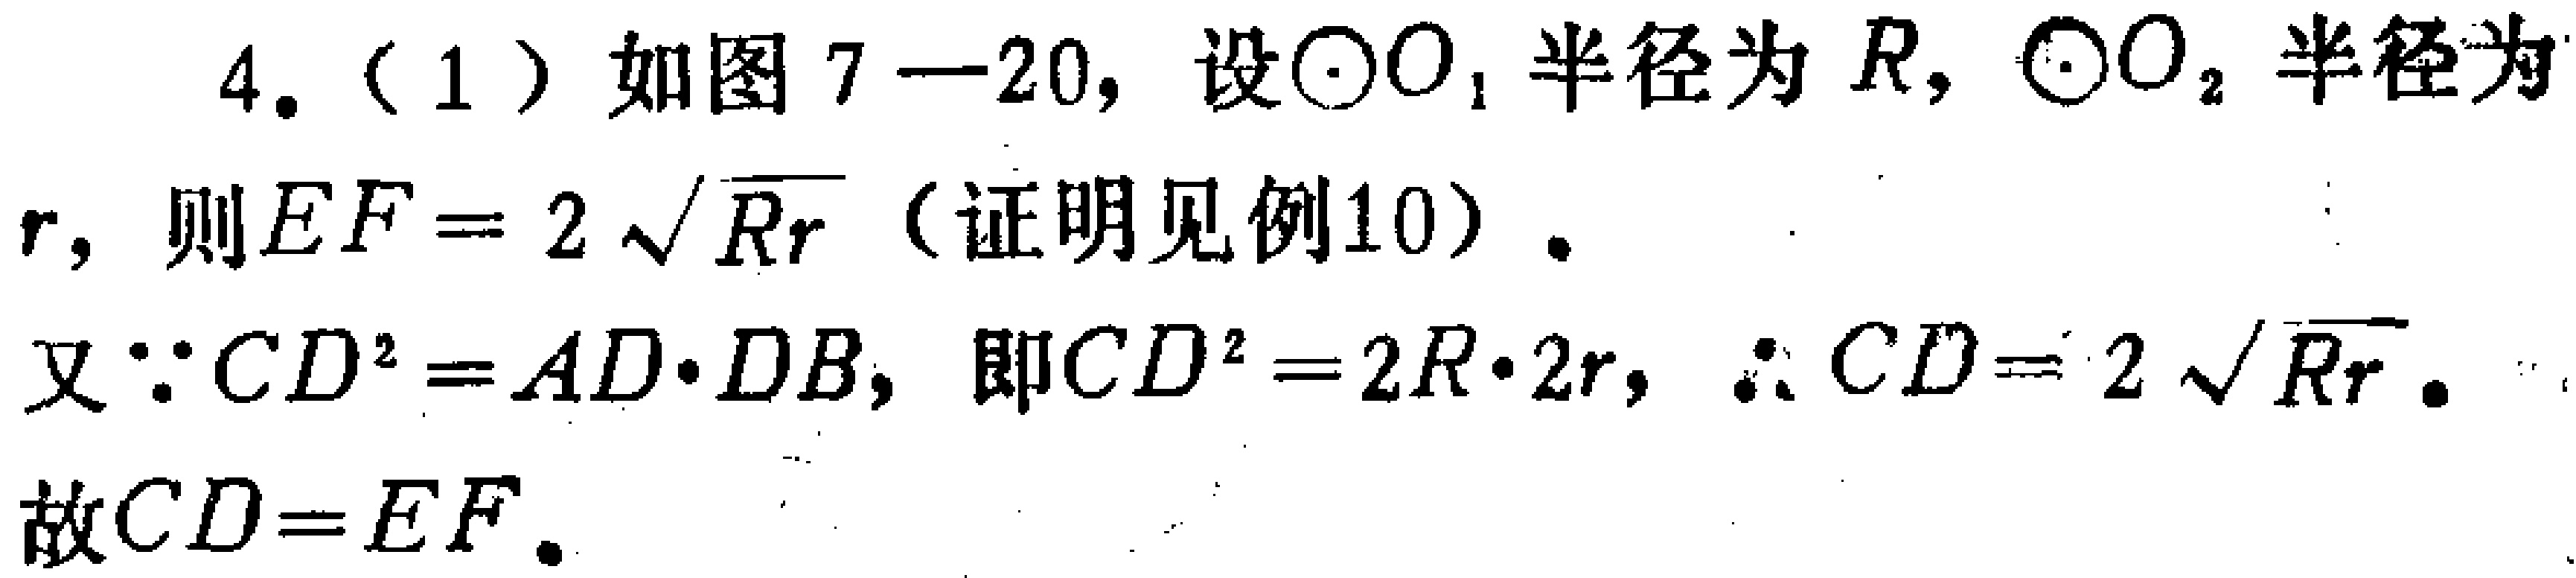
4. (1) 如图 7—20, 设$\odot O_{1}$半径为$R$, $\odot O_{2}$半径为

$r$, 则$EF = 2\sqrt{Rr}$ (证明见例10).

又$\because CD^{2}=AD\cdot DB$, 即$CD^{2}=2R\cdot 2r$, $\therefore CD = 2\sqrt{Rr}$.

故$CD = EF$.